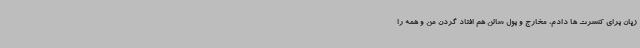
زیان برای کنسرت ها دادم، مخارج و پول سالن هم افتاد گردن من و همه را